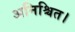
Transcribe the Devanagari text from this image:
अनिश्चित।